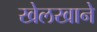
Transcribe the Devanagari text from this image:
खेलखाने